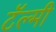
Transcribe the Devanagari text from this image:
टॅल्मी